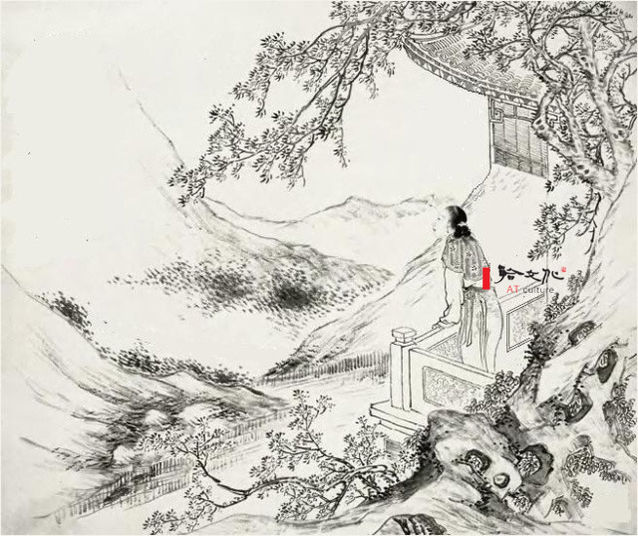
待到黄昏月上时，依旧柔肠断。